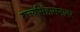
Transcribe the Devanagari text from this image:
राज्यसिंहासनावर